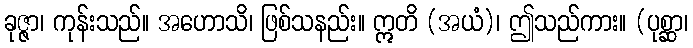
ခုဇ္ဇာ၊ ကုန်းသည်။ အဟောသိ၊ ဖြစ်သနည်း။ ဣတိ (အယံ)၊ ဤသည်ကား။ (ပုစ္ဆာ၊